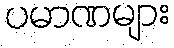
ပမာဏများ